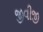
જીવીજી